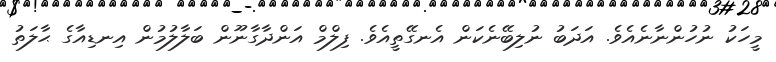
މީހަކު ނުހުންނާނެއެވެ. އަދަބު ނުލިބޭނެކަން އެނގޭތީއެވެ. ފިލްމް އަންދާގާނޫން ބަލާލުމުން އިނޑިއާގެ ޙާލަތު